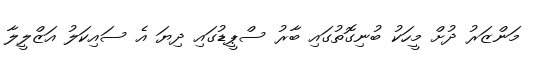
މަންޒަރު ދުށް މީހަކު ބުނިގޮތުގައި ބާރު ސްޕީޑުގައި ދިޔަ އެ ސައިކަލު އަޒްލީލާ